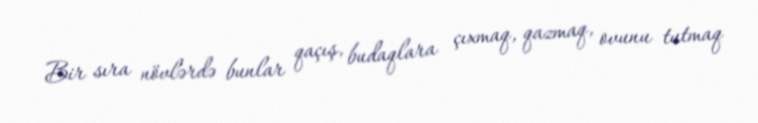
Bir sıra növlərdə bunlar qaçış, budaqlara çıxmaq, qazmaq, ovunu tutmaq